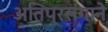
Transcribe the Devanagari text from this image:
अतिप्रसंगाने